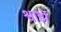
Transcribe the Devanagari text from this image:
श्वार्झे